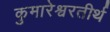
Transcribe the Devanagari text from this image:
कुमारेश्वरतीर्थ